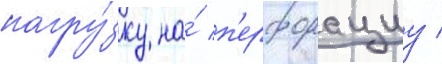
нагру́зку на́ п'ерфорациу /